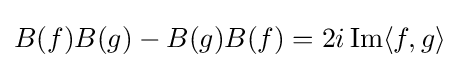
B(f)B(g)-B(g)B(f)=2i\operatorname {Im} \langle f,g\rangle